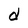
Character: d